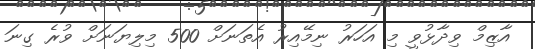
އާޒިމް ވިދާޅުވީ މި އަހަރު ނިމޭއިރު އެތަނަށް 500 މިލިޔަނަށް ވުރެ ގިނަ